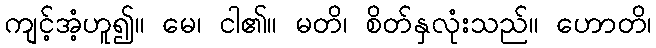
ကျင့်အံ့ဟူ၍။ မေ၊ ငါ၏။ မတိ၊ စိတ်နှလုံးသည်။ ဟောတိ၊